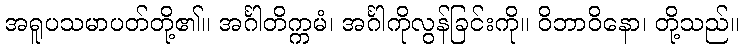
အရူပသမာပတ်တို့၏။ အင်္ဂါတိက္ကမံ၊ အင်္ဂါကိုလွန်ခြင်းကို။ ဝိဘာဝိနော၊ တို့သည်။